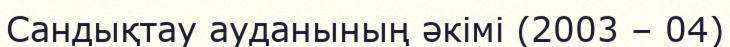
Сандықтау ауданының әкімі (2003 – 04)